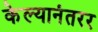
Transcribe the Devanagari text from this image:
केल्यानंतरर